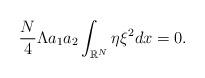
LaTeX: \begin{align*}\left.\begin{array}{ll}\displaystyle\dfrac{N}{4}\Lambda a_1a_2\int_{\mathbb{R}^N}\eta\xi^2dx=0.\end{array}\right.\end{align*}